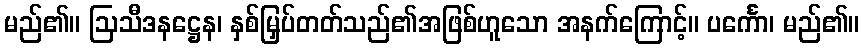
မည်၏။ ဩသီဒနဋ္ဌေန၊ နှစ်မြှပ်တတ်သည်၏အဖြစ်ဟူသော အနက်ကြောင့်။ ပင်္ကော၊ မည်၏။